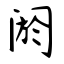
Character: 阏